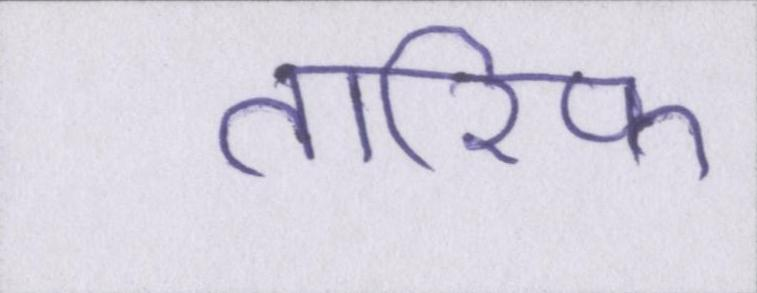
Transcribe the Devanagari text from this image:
तारिफ